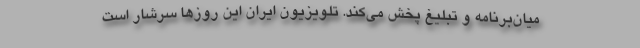
میان‌برنامه و تبلیغ پخش می‌کند. تلویزیونِ ایران این روزها سرشار است